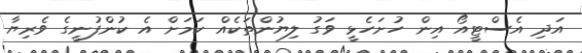
އަދި އެސްޓީއޯ އިން ހުށަހެޅީ ވަގު ލިޔުންތަކެއް ކަމަށް އެ ކުންފުނީގެ ވެރިޔާ